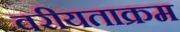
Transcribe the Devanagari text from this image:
वरीयताक्रम